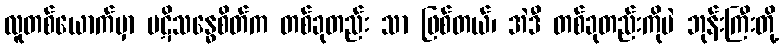
လူတစ်ယောက်မှာ ပဋိသန္ဓေစိတ်က တစ်ခုတည်း သာ ဖြစ်တယ်၊ အဲဒီ တစ်ခုတည်းကိုပဲ ဘုန်းကြီးတို့